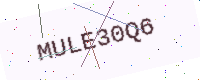
Text: MULE30Q6